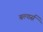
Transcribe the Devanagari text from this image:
बल्गर्स